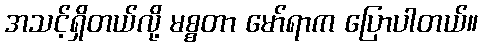
အသင့်ရှိတယ်လို့ မစ္စတာ မော်ရာက ပြောပါတယ်။